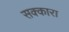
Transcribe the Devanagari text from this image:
सक्कारा